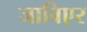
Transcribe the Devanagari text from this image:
जाविएर